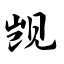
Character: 觊